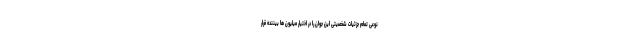
نوعی تمام جزئیات شخصیتی این جوان را در اختیار میلیون ها بیننده قرار